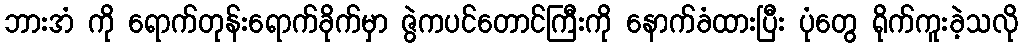
ဘားအံ ကို ရောက်တုန်းရောက်ခိုက်မှာ ဇွဲကပင်တောင်ကြီးကို နောက်ခံထားပြီး ပုံတွေ ရိုက်ကူးခဲ့သလို